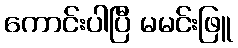
ကောင်းပါပြီ မမင်းဖြူ